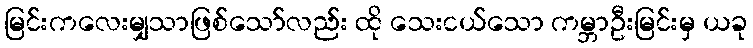
မြင်းကလေးမျှသာဖြစ်သော်လည်း ထို သေးငယ်သော ကမ္ဘာဦးမြင်းမှ ယခု